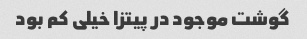
گوشت موجود در پیتزا خیلی کم بود